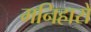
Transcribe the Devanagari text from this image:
मनिहारों